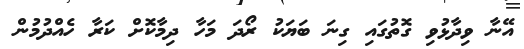
އޭނާ ވިދާޅުވި ގޮތުގައި ގިނަ ބަޔަކު ރޯދަ މަހާ ދިމާކޮށް ކަރާ ހެއްދުމުން